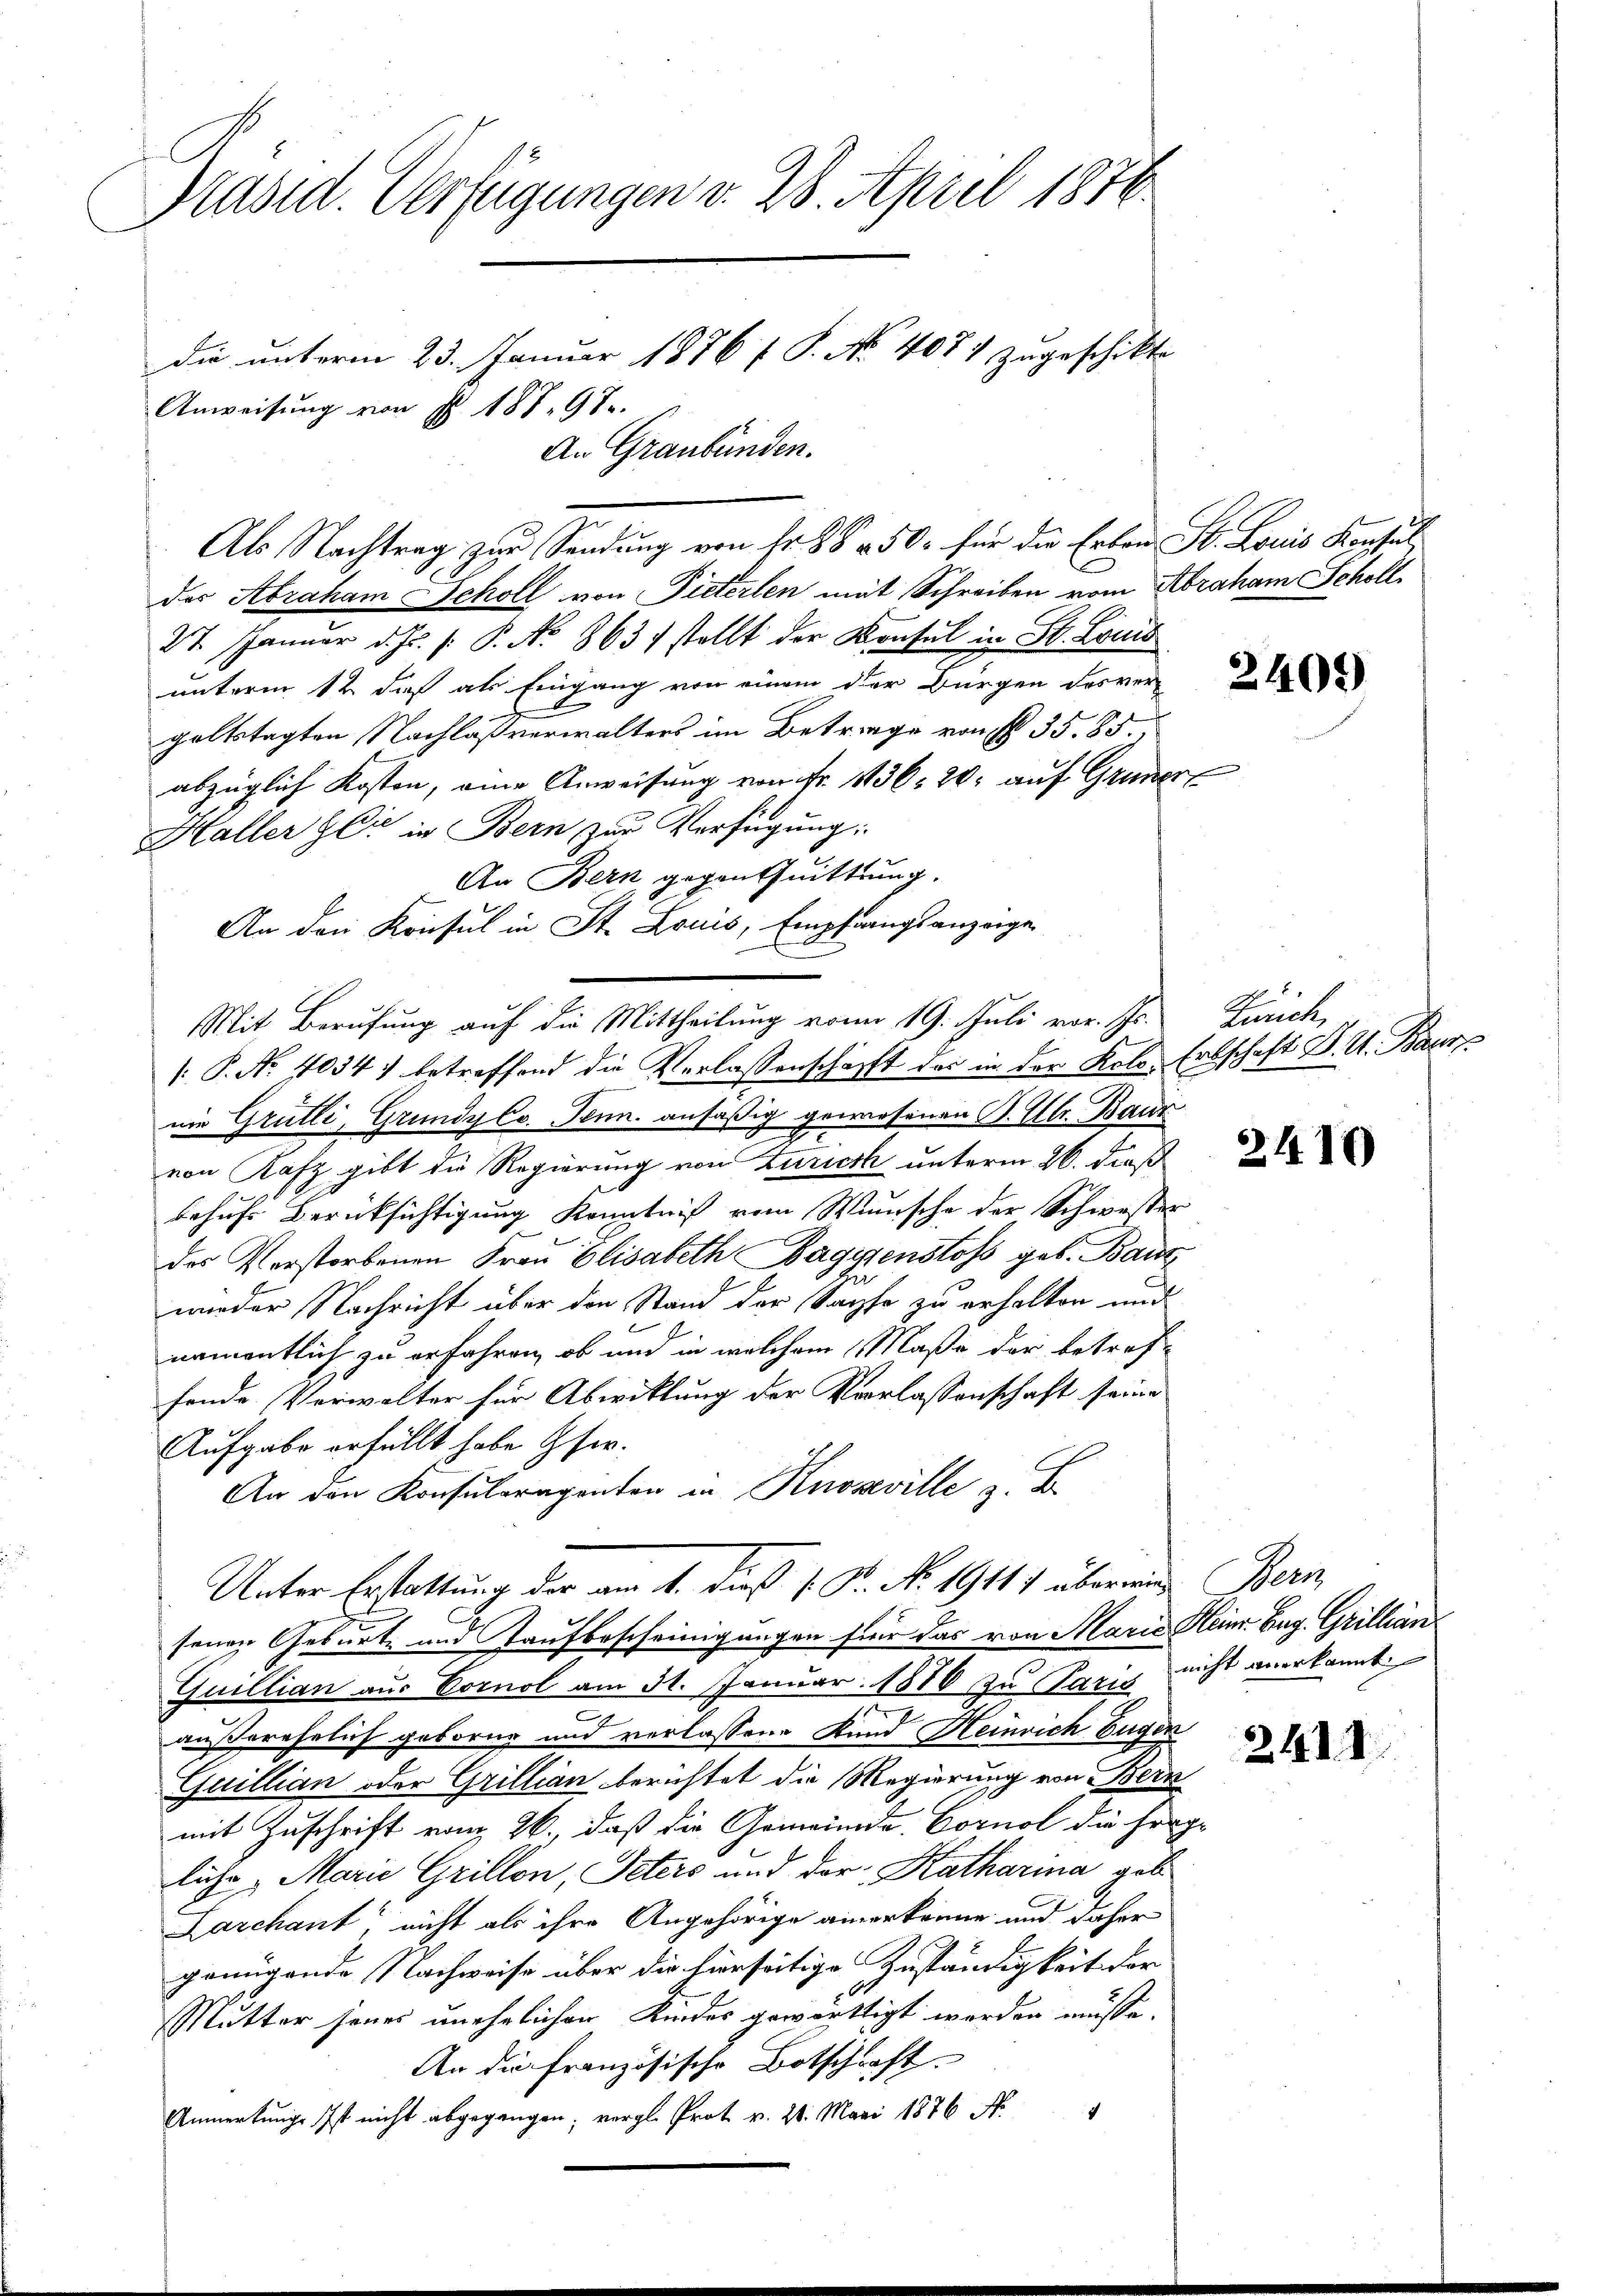
Präsid. Verfügungen v. 28. April 1876
die unterm 23. Januar 1886 f. P. No 4087 zugeschikte
Anweisung von § 187. 97.
An Graubünden.

des Abraham Scholl von Pieterlen mit Schreiben vom Abraham Scholl
27. Januar d. Js. (: P. No. 863 stellt der Konsul in St. Louis
unterm 12 daß als Eingang von einem der Bürgen des ver-
galtstagten Nachlaßverwalters im Betrage von § 35. 85.
abzüglich Kosten, eine Anweisung von Fr. 1136. 20. auf Gruner,
Haller Gli in Bern zur Verfügung:
An Bern, gegen Quittung.
An den Konsul in St. Louis, Empfangsanzeige
Mit Berufung auf die Mittheilung von 19. Juli vor. Js.
: P. No. 4034. betreffend die Verlassenschafft der in der Kolo. Erbschaft P. V. Baur
nie Grütli, Grundy Co. Jenn. ansäßig gewesenen St. Ulr. Baur
von Rafz gibt die Regierung von Zürich unterm 26. dieß
behufs Berücksichtigung Kenntniß vom Wunsche der Schwester
des Verstorbenen Frau Elisabeth Bagytenstoss geb. Banz
wieder Nachricht über den Stand der Sache zu erhalten und
namentlich zu erfahren, ob und in welchem Maße der betreffende Verwalter für Abwicklung der Vorlassenschaft seine
Aufgabe erfüllt habe Gfer.
An den Konsularagenten in Knoseville z. B.
Unter Erstattung der am 1. dieß s. R. No. 1911) übermin Bern,
senen Geburt und Taufbescheinigungen für das von Marie Heinr. Zug. Grillian
Quillian aus Cornol am 31. Januar 1886 zu Paris
außerehelich geborne und verlassene Kund Heinrich Eugen
Quillian oder Grillian berichtet die Regierung von Bern
mit Zuschrift vom 26., daß die Gemeinde Cornel die Frag
lühr, Marie Grillon, Peters und der Katharina geb
Larchant, nicht als ihre Angehörige anerkenne und daher
genügende Nachweise über die hierseitige Zuständigkeit der
Mutter seines unehrlichen Kindes gewärtigt werden müsse.
An die französische Botschrift.
c
Anmerkungs Ist nicht abgegangen, vergl. Prot v. 21. Mai 1876 No

Als Nachtrag zur Sendung von Fr. 88 & 50 für die Erben St. Louis Konsul

2405)

Zürch

2

2

2410

nicht anerkannt

2141. I